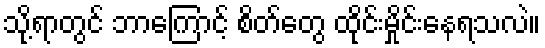
သို့ရာတွင် ဘာကြောင့် စိတ်တွေ ထိုင်းမှိုင်းနေရသလဲ။